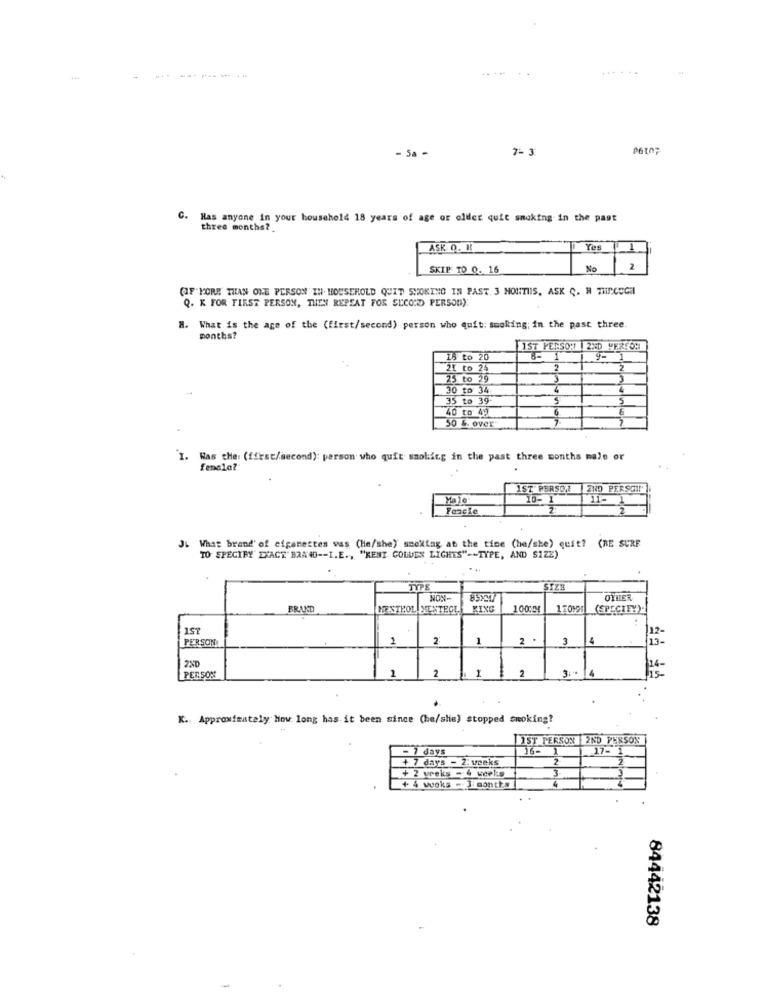
-
- 5a -
7- 3
C.
Has anyone in your household 18 years of age or older quit smoking in the past
three months?
ASK Q. IL
Yes
1
SKIP TO 0. 16
No
12
(IF"MORE THAN ONE PERSON IN. HOUSEHOLD QUIT SHORING IN PAST. 3 MONTHS, ASK C. H TMPCOCH
Q. K FOR FIRST PERSON, THEN REPEAT FOR SECOND PERSON):
H. What is the age of the (first/second) person who quit: smoking; in the past three
months?
1ST PERSON |2ND YEREON
to 20
1
19- 1
I to 25
2
2
3 to 29
3
30 to 34.
4
4
35 to 39
5
40 to 49
50 G. over
Has che: (first/second): person who quit smoking in the past three months male or
fenala?
1ST PERSON
2ND PERSON!'
Male
10- 1
2
J. What brand' of cigarettes vas (he/she) smextag at the time (he/she) quit? (RE SURF
TO SPECIFY EXACT BRAND -- I.E ., "KENT GOLVEN LIGHTS" -- TYPE, AND SIZE)
TYPE
SIZE
NON
83xy
OYNER
BRAND
MENTHOL MENTEGL KING
KING
100%34
(EPĘCIEY).
1ST
PERSON
N
1
2 .
3
2ND
2
2
2
4
PERSON
K. Approximately How long has it been since (he/she) stopped smoking?
1ST PERSON 2ND PERSON
- 7 days
+ 7 days - 2: veeks
+ 2 weeks - 4 weeks
+ 4 woka -. contin
84442138